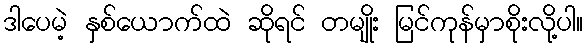
ဒါပေမဲ့ နှစ်ယောက်ထဲ ဆိုရင် တမျိုး မြင်ကုန်မှာစိုးလို့ပါ။